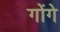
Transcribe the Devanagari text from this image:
गोंगे